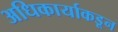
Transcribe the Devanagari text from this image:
अधिकार्याकडून